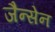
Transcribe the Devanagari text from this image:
जैन्सेन